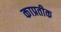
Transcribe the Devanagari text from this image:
काप्रतीक